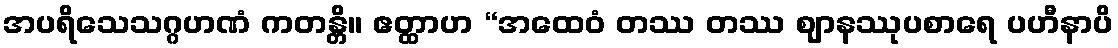
အပရိသေသဂ္ဂဟဏံ ကတန္တိ။ ဧတ္ထာဟ “အထေဝံ တဿ တဿ ဈာနဿုပစာရေ ပဟီနာပိ